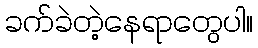
ခက်ခဲတဲ့နေရာတွေပါ။